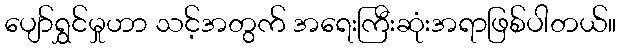
ပျော်ရွှင်မှုဟာ သင့်အတွက် အရေးကြီးဆုံးအရာဖြစ်ပါတယ်။